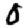
Digit: 0